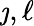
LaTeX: \jmath,\ell